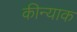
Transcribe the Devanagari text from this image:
कीन्याक